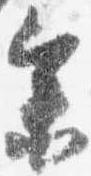
参